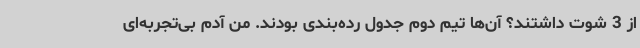
از 3 شوت داشتند؟ آن‌ها تیم دوم جدول رده‌بندی بودند. من آدم بی‌تجربه‌ای